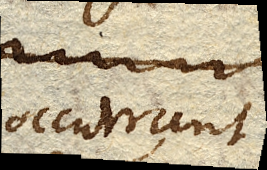
occurrunt